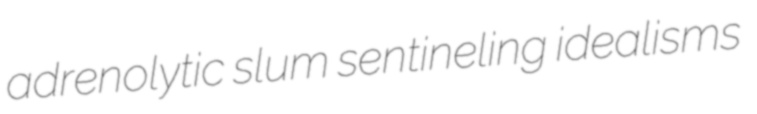
adrenolytic slum sentineling idealisms